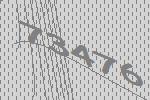
73476